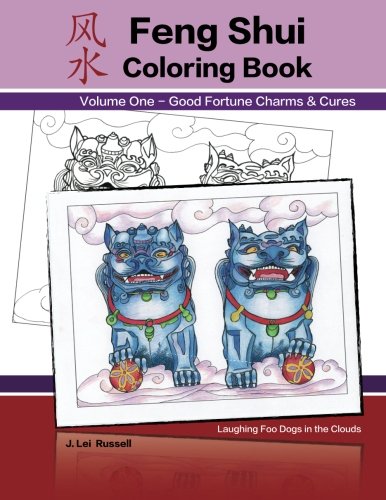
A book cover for Feng Shui Coloring Book: Good Fortune Charms & Cures (Volume 1); J Lei Russell; Religion & Spirituality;